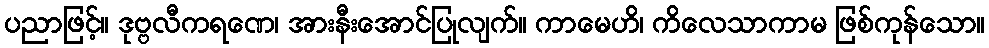
ပညာဖြင့်။ ဒုဗ္ဗလီကရဏေ၊ အားနီးအောင်ပြုလျက်။ ကာမေဟိ၊ ကိလေသာကာမ ဖြစ်ကုန်သော။